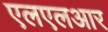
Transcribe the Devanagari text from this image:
एलएलआर